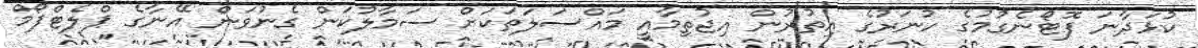
ކުޅަދާނަ ފޮޓޯނެގުމުގެ ހުނަރުގެ އިތުރުން އިޖުތިމާއީ މައްސަލަތަކަށް ސަމާލުކަން ގެނުވަން އޭނާގެ ޕްލެޓްފޯމް